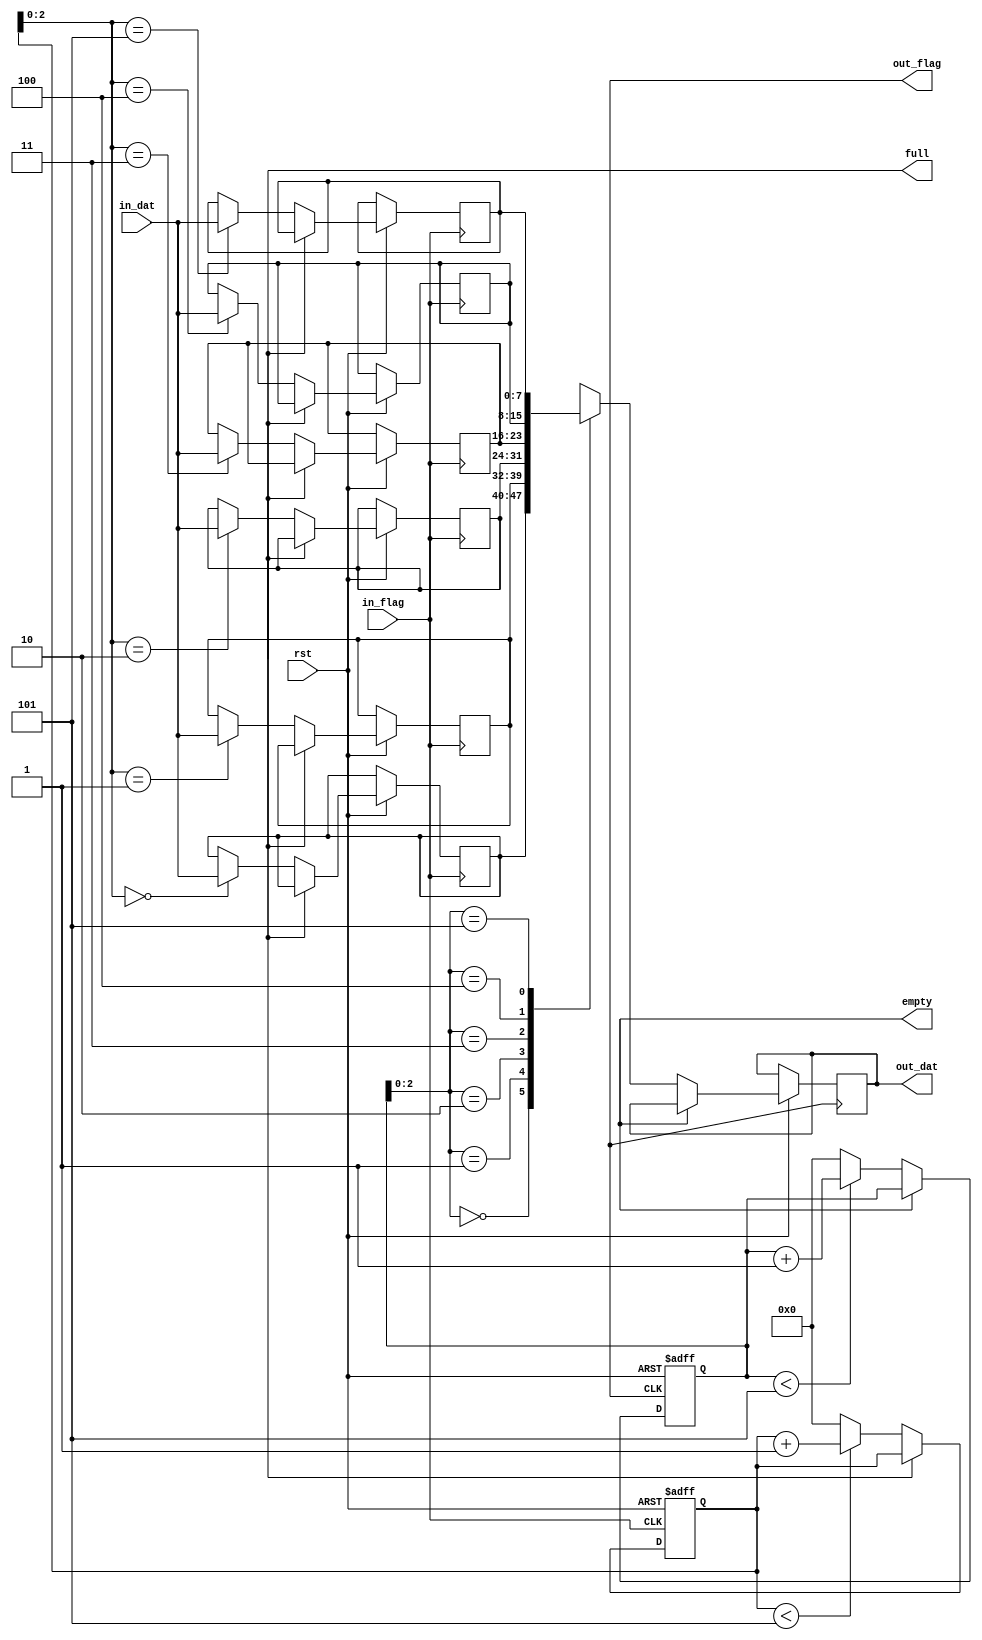
module pinpong_fifo(
		input rst ,
		
		input in_flag ,
		input [7:0] in_dat ,
		
		output reg out_flag ,
		output reg[7:0] out_dat ,
		
		output reg empty , // for reader
		output reg full,   // for writer
);

reg[7:0] mem[3*2-1:0];  //6 byte fifo

reg[5:0] rd_ptr,wr_ptr;

reg fifo0_emprt,fifo0_full, 
	fifo1_emprt,fifo1_full;
	
reg[5:0] read_cnt , write_cnt;

reg[5:0] fifo0_rd_cnt,fifo0_wr_cnt,
		 fifo1_rd_cnt,fifo1_wr_cnt;

always@( posedge in_flag or negedge rst )begin
	if(!rst)begin
		write_cnt<=0; wr_ptr<=0;
	end
	else begin
		if(!full)begin
			mem[wr_ptr]<=in_dat; //write to fifo
			if(wr_ptr<3*2-1)wr_ptr<=wr_ptr+1'b1;
			else			wr_ptr<=0;
			write_cnt<=write_cnt+1'b1;
		end
	end
end

always@( posedge out_flag or negedge rst )begin
	if(!rst)begin
		read_cnt<=0; rd_ptr<=0;
	end
	else begin
		if(!empty)begin
			out_dat<=mem[rd_ptr]; //read from fifo
			if(rd_ptr<3*2-1)rd_ptr<=rd_ptr+1'b1;
			else			rd_ptr<=0;
			read_cnt<=read_cnt+1'b1;
		end
	end
end


endmodule